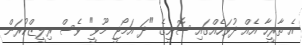
އެ ތާރީހާ އެއް ދުވަހެއްގައި ސޮނީގެ "ދަ އަމޯޖީ މޫވީ" ވެސް ރިލީޒްކުރަން